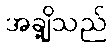
အချို့သည်